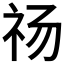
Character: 𰧰